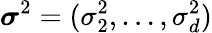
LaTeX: \boldsymbol{\sigma}^{2}=(\sigma_{2}^{2},\dots,\sigma_{d}^{2})